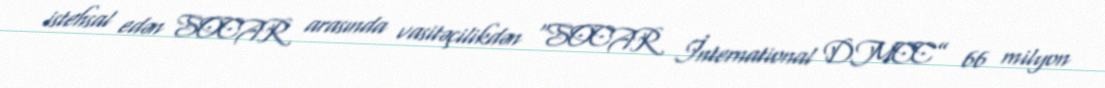
istehsal edən SOCAR arasında vasitəçilikdən “SOCAR İnternational DMCC” 66 milyon